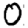
Digit: 0